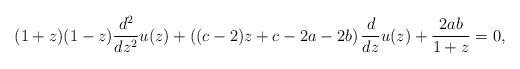
LaTeX: \begin{align*}(1+z)(1-z) \frac{d^2}{dz^2} u(z) + \left( (c-2)z + c -2a -2b \right)\frac{d}{dz}u(z) + \frac{2ab}{1+z} = 0,\end{align*}